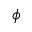
\phi